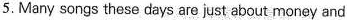
5. Many songs these days are just about money and